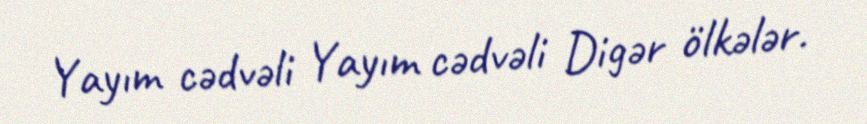
Yayım cədvəli Yayım cədvəli Digər ölkələr.